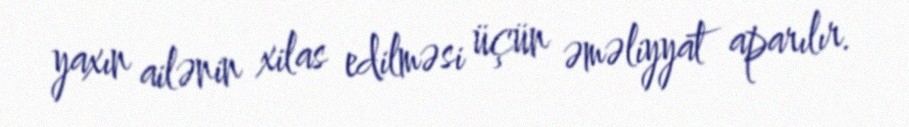
yaxın ailənin xilas edilməsi üçün əməliyyat aparılır.